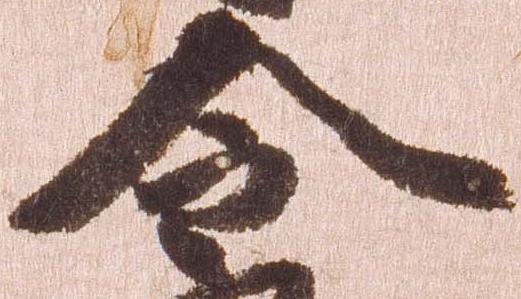
令